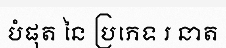
បំផុត នៃ ប្រភេទ រ នាត